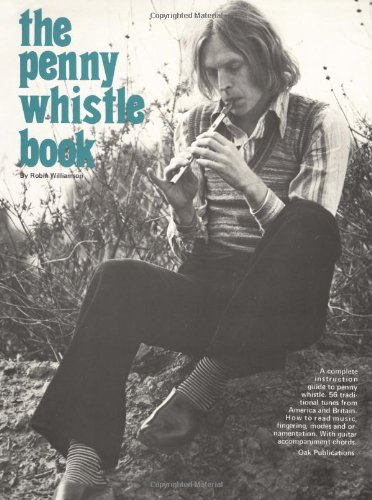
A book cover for The Penny Whistle Book; Robin Williamson; Arts & Photography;